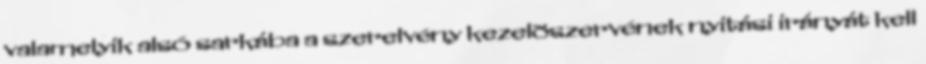
valamelyik alsó sarkába a szerelvény kezelõszervének nyitási irányát kell